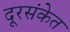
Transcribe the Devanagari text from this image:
दूरसंकेत